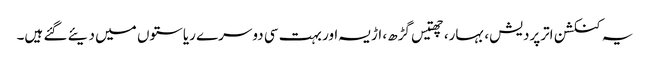
یہ کنکشن اترپردیش، بہار، چھتیس گڑھ، اڑیسہ اور بہت سی دوسرے ریاستوں میں دیئے گئے ہیں۔